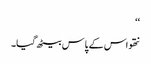
‘‘
نتھو اس کے پاس بیٹھ گیا۔